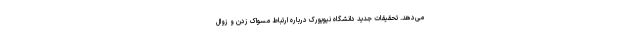
می‌دهد. تحقیقات جدید دانشگاه نیویورک درباره ارتباط مسواک زدن و زوال